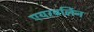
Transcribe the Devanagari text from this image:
एयरबर्लिन